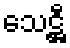
သေဋ္ဌီ